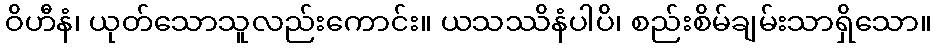
ဝိဟီနံ၊ ယုတ်သောသူလည်းကောင်း။ ယသဿိနံပါပိ၊ စည်းစိမ်ချမ်းသာရှိသော။